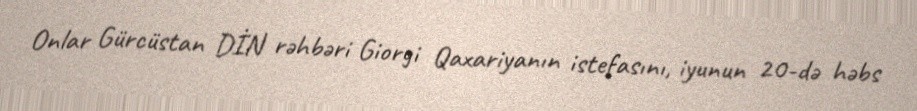
Onlar Gürcüstan DİN rəhbəri Giorgi Qaxariyanın istefasını, iyunun 20-də həbs